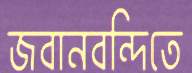
জবানবন্দিতে